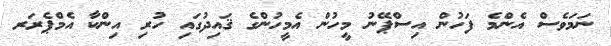
ނަމަވެސް އެންމެ ފަހުން އިސްޕޭނު މީހުން އެމީހުންގެ ޤައިދުގައި ހުރި އިންކާ އެމްޕެރަރ